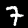
Digit: 7